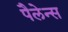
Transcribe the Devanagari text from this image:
पैलेन्स